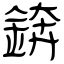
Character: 錛